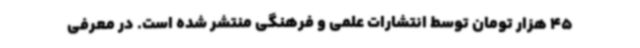
45 هزار تومان توسط انتشارات علمی و فرهنگی منتشر شده است. در معرفی